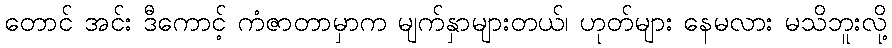
တောင် အင်း ဒီကောင့် ကံဇာတာမှာက မျက်နှာများတယ်၊ ဟုတ်များ နေမလား မသိဘူးလို့